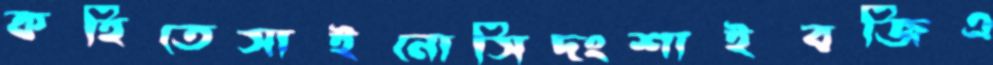
কহিতেসাইনোসিদংশাইবজিএ